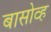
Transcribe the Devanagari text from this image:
बासोव्ह